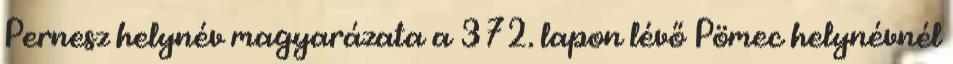
Pernesz helynév magyarázata a 372. lapon lévő Pömec helynévnél